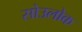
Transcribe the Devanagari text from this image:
सोउलोक